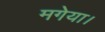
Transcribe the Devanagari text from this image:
मगेया।